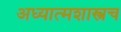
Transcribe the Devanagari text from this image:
अध्यात्मशास्त्रच